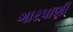
ગારપાણી